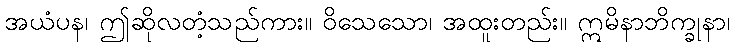
အယံပန၊ ဤဆိုလတံ့သည်ကား။ ဝိသေသော၊ အထူးတည်း။ ဣမိနာဘိက္ခုနာ၊